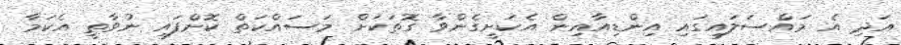
އަދި އެ މައްސަލައިގައި އިންޑިއާއިން އެކަށީގެންވާ ގޮތަކަށް މަސައްކަތް ކޮށްފައި ނުވާތީ އެކަމާ